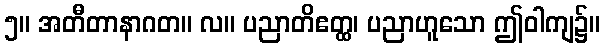
၅။ အတီတာနာဂတ။ လ။ ပညာတိဧတ္ထ၊ ပညာဟူသော ဤဝါကျ၌။